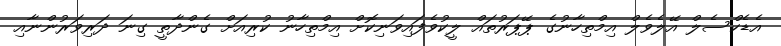
އެޑެކްސެލް އޭލެވެލް އިމްތިހާނުގެ ޕޭޕަރުތައް ލީކުވެފައިވަނިކޮށް އިމްތިހާނު ކުރިއަށް ގެންދާތީ ގިނަ ދަރިވަރުންނާއި